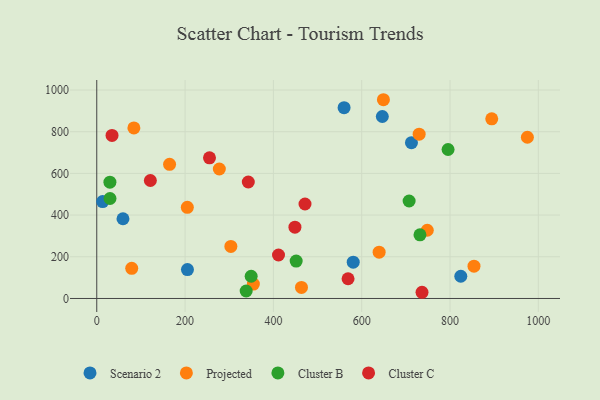
{"axis": {"x": "Speed", "y": "Salary"}, "legend": ["Cluster B", "Cluster C", "Projected", "Scenario 2"], "data": [{"x": "580.8", "y": 174.3, "type": "Scenario 2"}, {"x": "646.7", "y": 873.0, "type": "Scenario 2"}, {"x": "824.4", "y": 106.6, "type": "Scenario 2"}, {"x": "560.1", "y": 915.3, "type": "Scenario 2"}, {"x": "712.7", "y": 747.2, "type": "Scenario 2"}, {"x": "59.4", "y": 382.4, "type": "Scenario 2"}, {"x": "205.4", "y": 138.7, "type": "Scenario 2"}, {"x": "13.3", "y": 464.9, "type": "Scenario 2"}, {"x": "649.2", "y": 953.5, "type": "Projected"}, {"x": "975.2", "y": 773.5, "type": "Projected"}, {"x": "84.1", "y": 818.4, "type": "Projected"}, {"x": "79.2", "y": 144.4, "type": "Projected"}, {"x": "730.1", "y": 788.3, "type": "Projected"}, {"x": "639.5", "y": 222.1, "type": "Projected"}, {"x": "303.7", "y": 249.7, "type": "Projected"}, {"x": "277.6", "y": 621.1, "type": "Projected"}, {"x": "164.9", "y": 643.6, "type": "Projected"}, {"x": "894.5", "y": 862.0, "type": "Projected"}, {"x": "748.5", "y": 327.3, "type": "Projected"}, {"x": "854.3", "y": 155.1, "type": "Projected"}, {"x": "354.7", "y": 69.2, "type": "Projected"}, {"x": "205.1", "y": 437.5, "type": "Projected"}, {"x": "463.6", "y": 53.0, "type": "Projected"}, {"x": "30.0", "y": 479.6, "type": "Cluster B"}, {"x": "338.4", "y": 35.8, "type": "Cluster B"}, {"x": "29.8", "y": 557.8, "type": "Cluster B"}, {"x": "795.6", "y": 714.8, "type": "Cluster B"}, {"x": "349.7", "y": 106.7, "type": "Cluster B"}, {"x": "451.6", "y": 179.6, "type": "Cluster B"}, {"x": "707.4", "y": 467.5, "type": "Cluster B"}, {"x": "732.0", "y": 305.3, "type": "Cluster B"}, {"x": "411.6", "y": 208.6, "type": "Cluster C"}, {"x": "121.4", "y": 566.0, "type": "Cluster C"}, {"x": "448.8", "y": 342.0, "type": "Cluster C"}, {"x": "736.6", "y": 29.7, "type": "Cluster C"}, {"x": "343.2", "y": 558.7, "type": "Cluster C"}, {"x": "34.6", "y": 782.2, "type": "Cluster C"}, {"x": "471.6", "y": 453.3, "type": "Cluster C"}, {"x": "255.3", "y": 674.6, "type": "Cluster C"}, {"x": "569.1", "y": 94.5, "type": "Cluster C"}]}